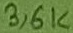
Text: 3,6K